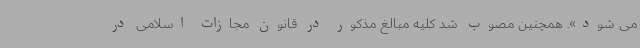
می شود». همچنین مصوب شد کلیه مبالغ مذکور در قانون مجازات اسلامی در